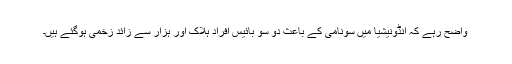
واضح رہے کہ انڈونیشیا میں سونامی کے باعث دو سو بائیس افراد ہلاک اور ہزار سے زائد زخمی ہوگئے ہیں۔